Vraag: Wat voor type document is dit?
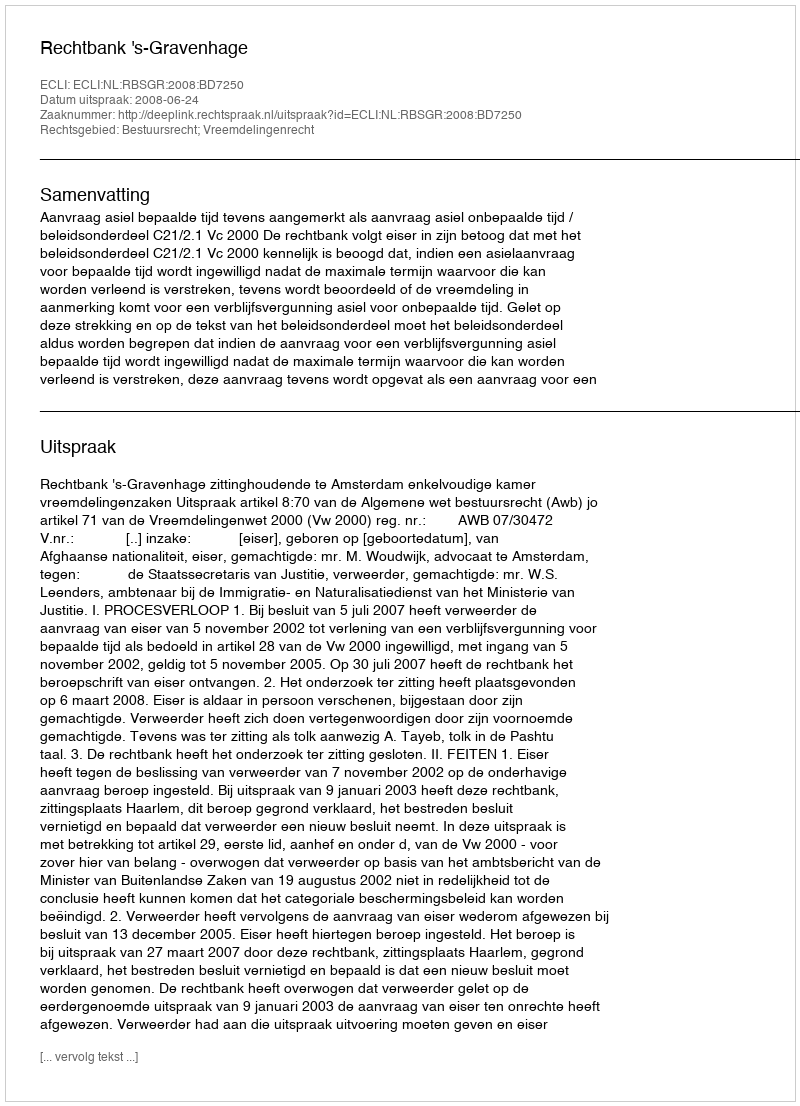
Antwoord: Uitspraak